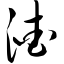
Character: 渣